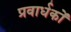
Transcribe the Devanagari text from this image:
प्रवार्धकों